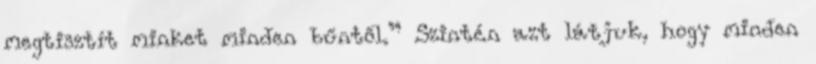
megtisztít minket minden bűntől.” Szintén azt látjuk, hogy minden